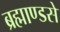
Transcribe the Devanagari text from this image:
ब्रह्माण्डसे